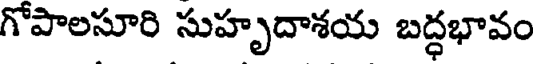
గోపాలసూరి సుహృదాశయ బద్ధభావం